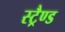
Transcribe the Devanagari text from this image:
स्ट्रैण्ड